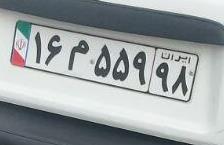
۱۶م۵۵۹۹۸